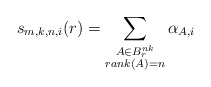
\begin{align*} s_{m, k, n, i}(r) = \sum_{\substack{ A \in B_r^{nk} \\ rank(A) = n }} \alpha_{A, i}\end{align*}